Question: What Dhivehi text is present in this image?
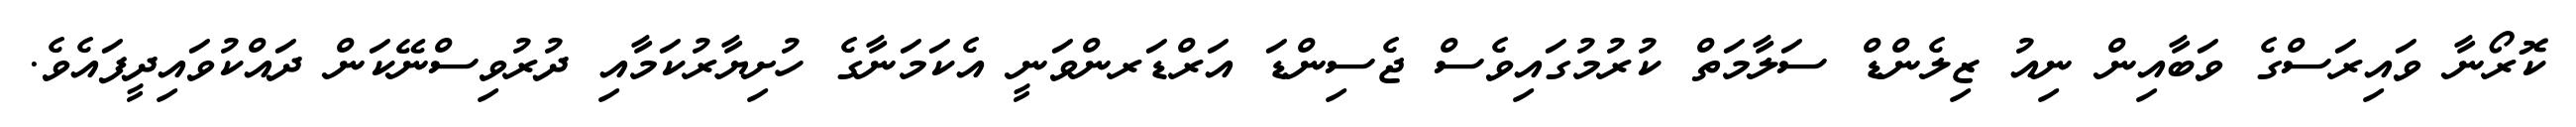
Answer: ކޮރޯނާ ވައިރަސްގެ ވަބާއިން ނިއު ޒިލެންޑް ސަލާމަތް ކުރުމުގައިވެސް ޖެސިންޑަ އަރްޑަރންވަނީ އެކަމަނާގެ ހުށިޔާރުކަމާއި ދުރުވިސްނޭކަން ދައްކުވައިދީފައެވެ.